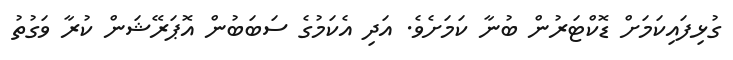
ގުޅިފައިކަމަށް ޑޮކްޓަރުން ބުނާ ކަމަށެވެ. އަދި އެކަމުގެ ސަބަބުން އޮޕަރޭޝަން ކުރާ ވަގުތު